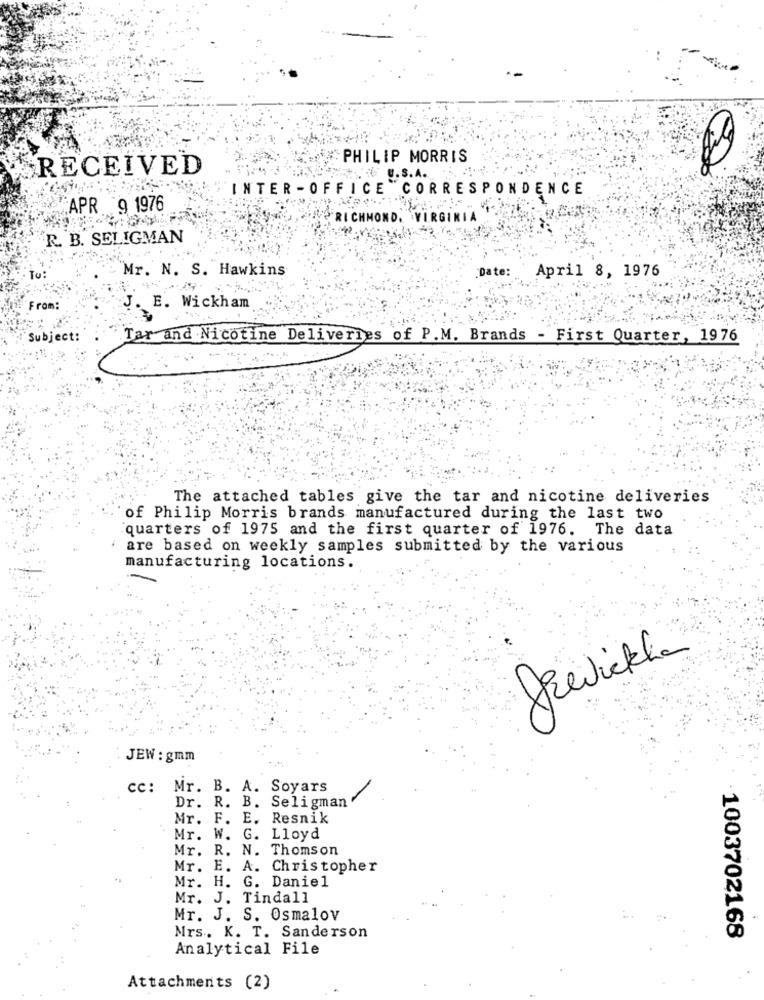
PHILIP MORRIS
RECEIVED
INTER -OFFICE CORRESPONDENCE
APR 9 1976
RICHMOND, VIRGINIA
R. B. SELIGMAN
Mr. N. S. Hawkins
Date:
April 8, 1976
From:
J. E. Wickham
Subject:
Tar and Nicotine Deliveries of P.M. Brands - First Quarter, 1976
The attached tables give the tar and nicotine deliveries
of Philip Morris brands manufactured during the last two
quarters of 1975 and the first quarter of 1976. The data
are based on weekly samples submitted by the various
manufacturing locations.
JEW : gmm
cc:
Mr. B. A. Soyars
Dr. R. B. Seligman
Mr. F. E. Resnik
Mr. W. G. Lloyd
Mr. R. N. Thomson
Mr. E. A. Christopher
Mr. H. G. Daniel
Mr. J. Tindall
Mr. J. S. Osmalov
Mrs. K. T. Sanderson
1003702168
Analytical File
Attachments (2)